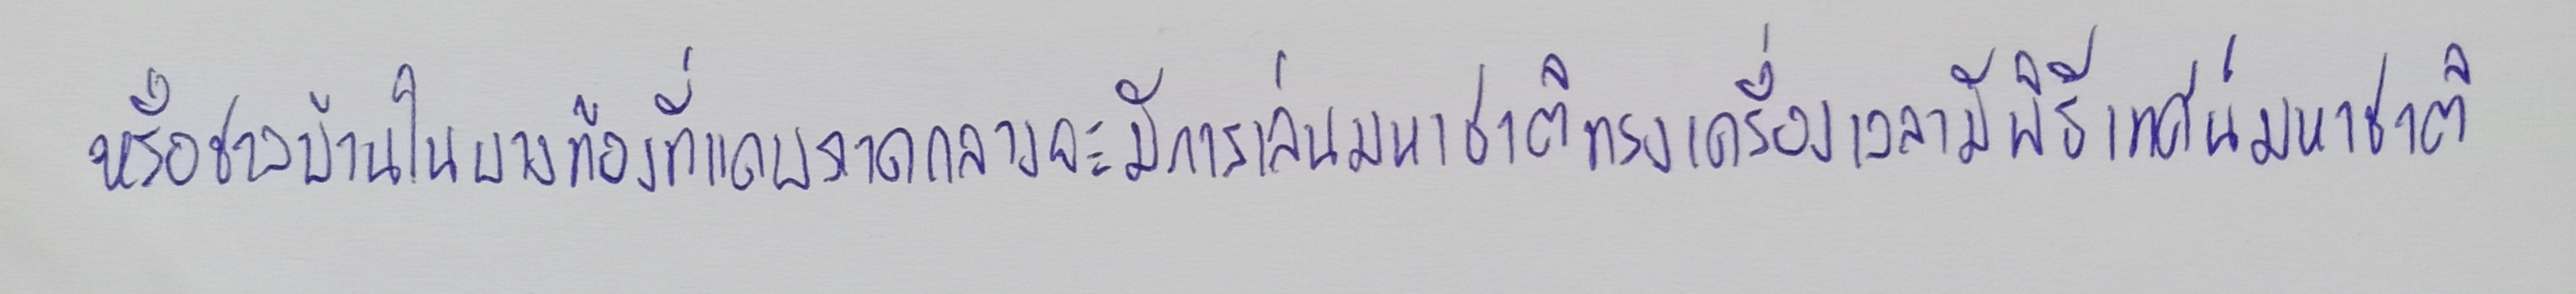
หรือชาวบ้านในบางท้องที่แถบภาคกลางจะมีการเล่นมหาชาติทรงเครื่องเวลามีพิธีเทศน์มหาชาติ